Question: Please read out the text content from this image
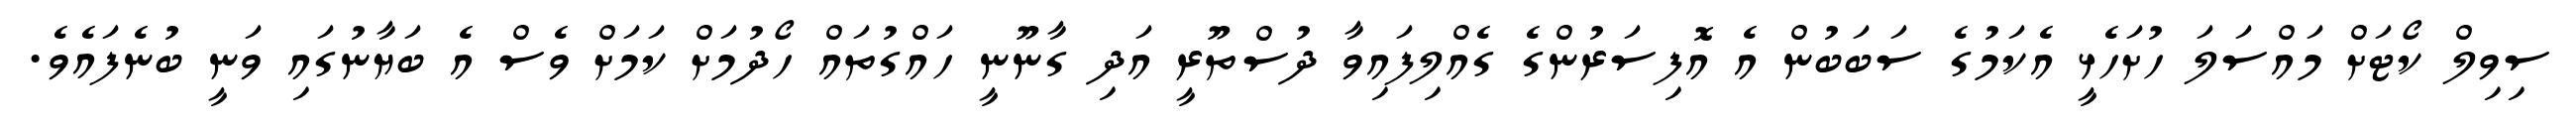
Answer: ސިވިލް ކޯޓަށް މައްސަލަ ހުށަހެޅީ އެކަމުގެ ސަބަބުން އެ އޮފިސަރުންގެ ގެއްލިފައިވާ ދުސްތޫރީ އަދި ގާނޫނީ ހައްގުތައް ހޯދުމަށް ކަމަށް ވެސް އެ ބަޔާނުގައި ވަނީ ބުނެފައެވެ.